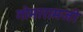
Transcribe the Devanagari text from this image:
गोमारामजी